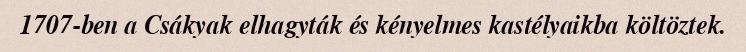
1707-ben a Csákyak elhagyták és kényelmes kastélyaikba költöztek.